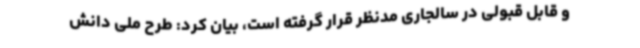
و قابل قبولی در سالجاری مدنظر قرار گرفته است، بیان کرد: طرح ملی دانش